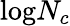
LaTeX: \mathrm{log}N_{c}